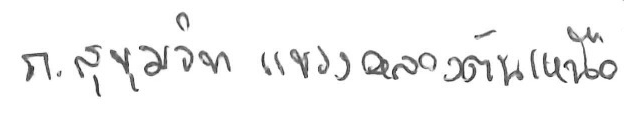
ถ สุขุมวิท แขวงคลองตันเหนือ